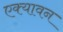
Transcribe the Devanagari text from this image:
एक्यावन